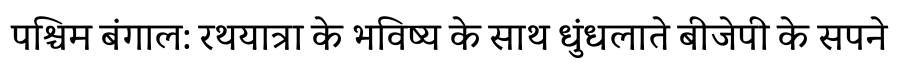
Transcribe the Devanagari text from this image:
पश्चिम बंगाल: रथयात्रा के भविष्य के साथ धुंधलाते बीजेपी के सपने